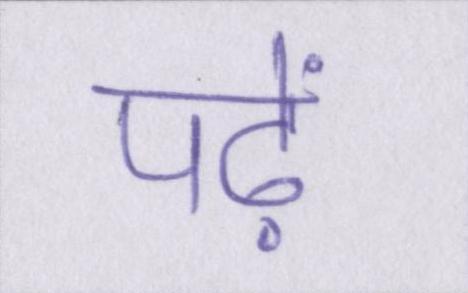
पढ़ें